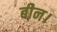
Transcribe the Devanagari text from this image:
बीन।